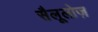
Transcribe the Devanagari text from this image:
सैलूलोज़